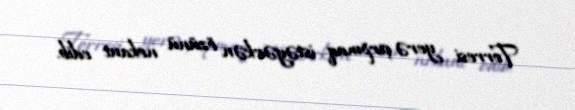
Torresi yerə çırpmaq istəyərkən özünü nokaut edib.